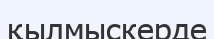
қылмыскерде